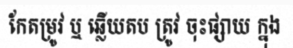
កែតម្រូវ ឬ ឆ្លើយតប ត្រូវ ចុះផ្សាយ ក្នុង